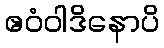
ဧဝံဝါဒိနောပိ